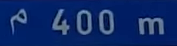
400m